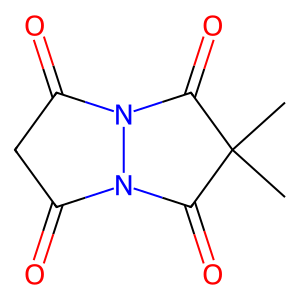
SMILES: CC1(C)C(=O)N2C(=O)CC(=O)N2C1=O
Inhibits HIV replication: No